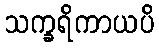
သက္ခရိကာယပိ